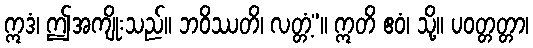
ဣဒံ၊ ဤအကျိုးသည်။ ဘဝိဿတိ၊ လတ္တံ့”။ ဣတိ ဧဝံ၊ သို့။ ပဝတ္တတ္တာ၊